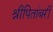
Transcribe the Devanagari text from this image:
श्रीपितांबरी